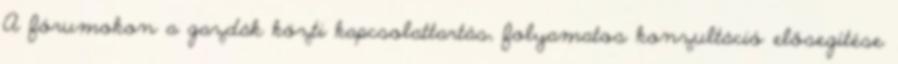
A fórumokon a gazdák közti kapcsolattartás, folyamatos konzultáció elősegítése